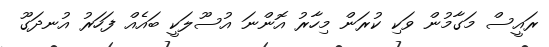
ރައީސް މަގާމުން ވަކި ކުރަން މިހާރު އޮންނަ އުސޫލަކީ ބައެއް ފަހަރު އުނދަގޫ